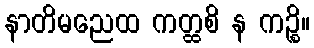
နာတိမညေထ ကတ္ထစိ န ကဉ္စိ။